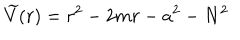
LaTeX: \widetilde { V } ( r ) = r ^ { 2 } - 2 m r - a ^ { 2 } - N ^ { 2 }